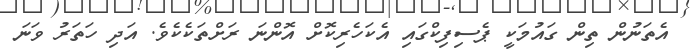
އެތަނުން ތިން ގައުމަކީ ޕެސިިފިކްގައި އެކަހެރިކޮށް އޮންނަ ރަށްތަކެކެވެ. އަދި ހަތަރު ވަނަ